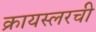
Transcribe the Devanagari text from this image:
क्रायस्लरची